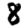
Digit: 8